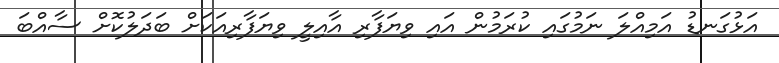
އަޅުގަނޑު އަމިއްލަ ނަމުގައި ކުރަމުން އައި ވިޔަފާރި އާއިލީ ވިޔަފާރިއަކަށް ބަދަލުކޮށް ސާއްބަ